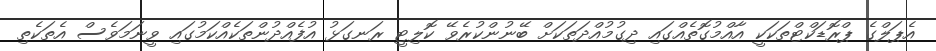
އެޕަލްގެ ޕްރޮޑަކްޓްތަކަކީ އާއްމުގޮތެއްގައި ދިގުމުއްދަތަަކަށް ބޭނުންކުރެވޭ ކޮލިޓީ ރަނގަޅު އުފެއްދުންތަކެއްކަމުގައި ވީނަމަވެސް އެތަކެތި